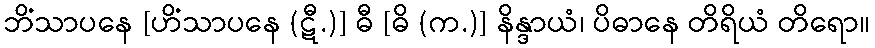
ဘိံသာပနေ [ဟိံသာပနေ (ဋီ.)] ဓီ [ဓိ (က.)] နိန္ဒာယံ၊ ပိဓာနေ တိရိယံ တိရော။